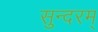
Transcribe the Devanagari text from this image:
सुन्‍दरम्